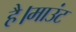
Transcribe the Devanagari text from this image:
है।माउंट